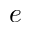
^ Ḋ e Ḍ